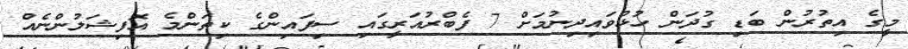
މީގެ އިތުރުން ބަޑި ގުދަން ހުޅުވައިދިނުމަށް 7 ފެބްރުއަރީގައި ސިފައިންގެ ކިތަންމެ އޮފިޝަލުންނެއް